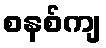
စနစ်ကျ